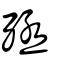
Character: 殛